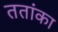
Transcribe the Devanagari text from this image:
ततांका